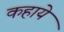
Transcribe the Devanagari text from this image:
कहाये